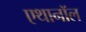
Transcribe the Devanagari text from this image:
एथानॉल